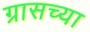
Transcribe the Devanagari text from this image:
ग्रासच्या